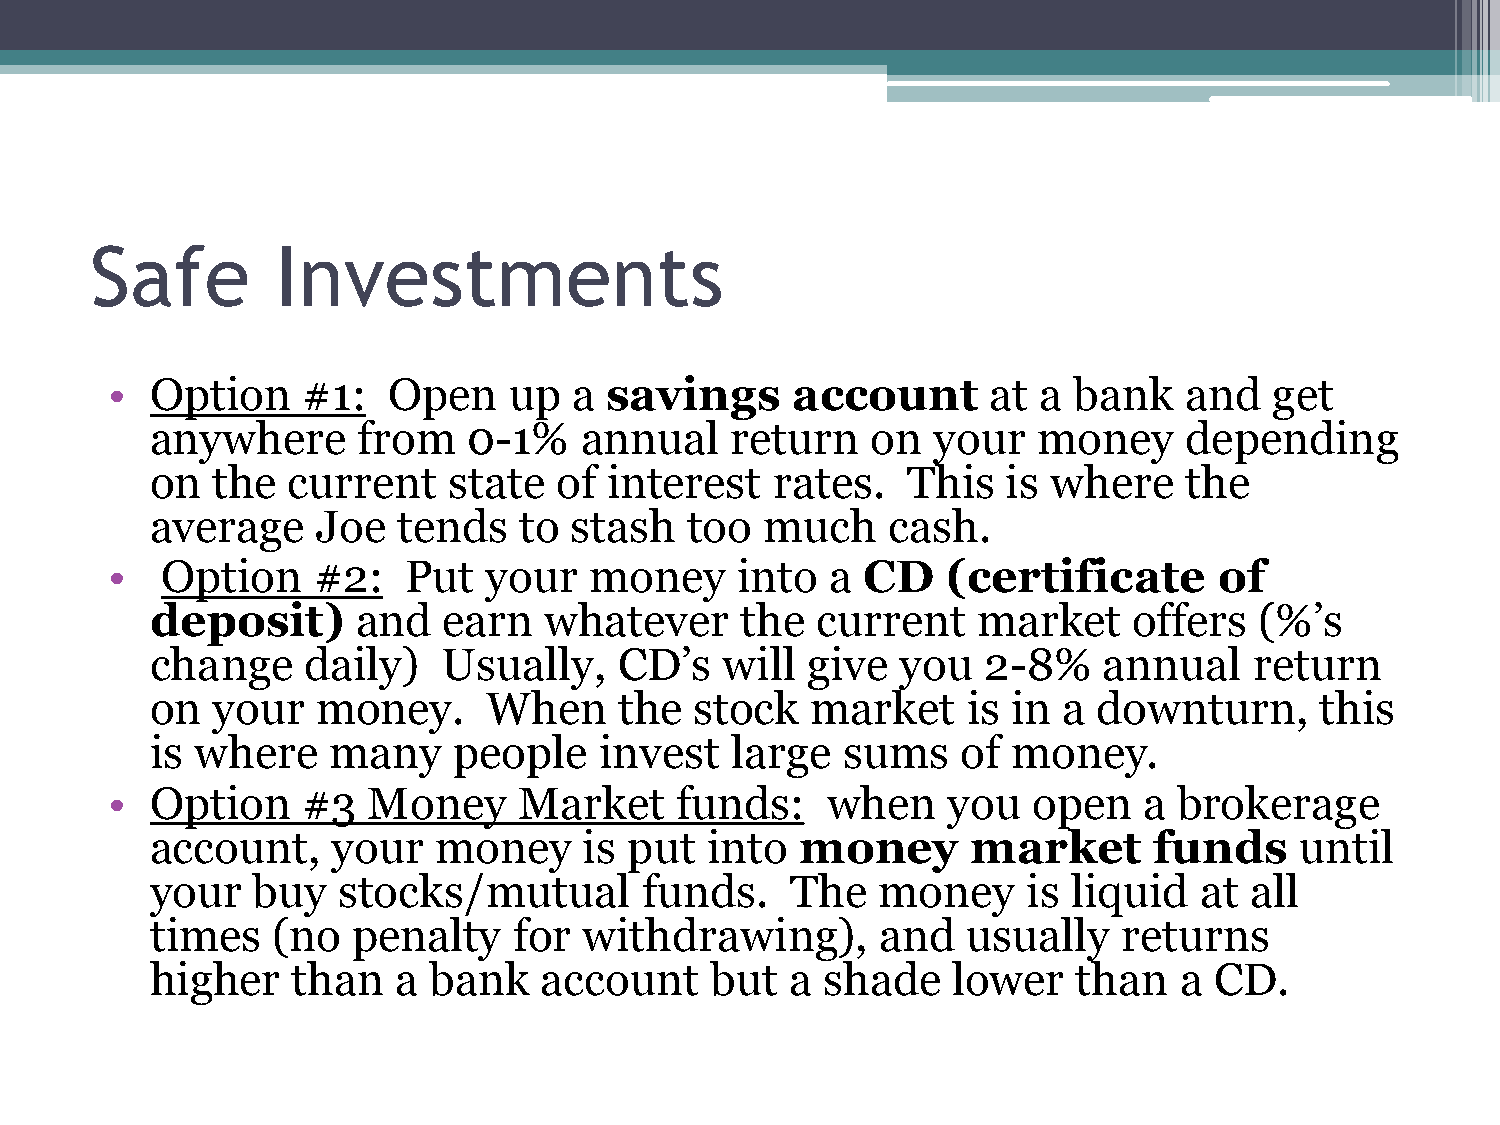
Safe        Investments
 •  Option    #1:   Open    up  a savings     account       at a bank   and   get
 anywhere      from   0-1%   annual    return    on  your   money    depending
 on  the  current    state  of interest   rates.   This   is where   the
 average    Joe  tends   to  stash   too  much    cash.
 •   Option    #2:   Put  your   money     into  a CD    (certificate      of
 deposit)      and  earn   whatever     the  current    market    offers  (%’s
 change    daily)   Usually,    CD’s   will give   you  2-8%    annual    return
 on  your   money.     When     the  stock   market    is in a  downturn,     this
 is where    many    people    invest  large   sums    of money.
 •  Option    #3  Money     Market     funds:    when    you  open    a brokerage
 account,    your   money     is put  into  money      market      funds     until
 your   buy  stocks/mutual        funds.   The   money     is liquid  at  all
 times   (no  penalty    for  withdrawing),      and   usually   returns
 higher   than   a bank    account    but  a  shade   lower   than   a CD.